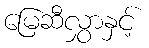
မြေဆီလွှာနှင့်